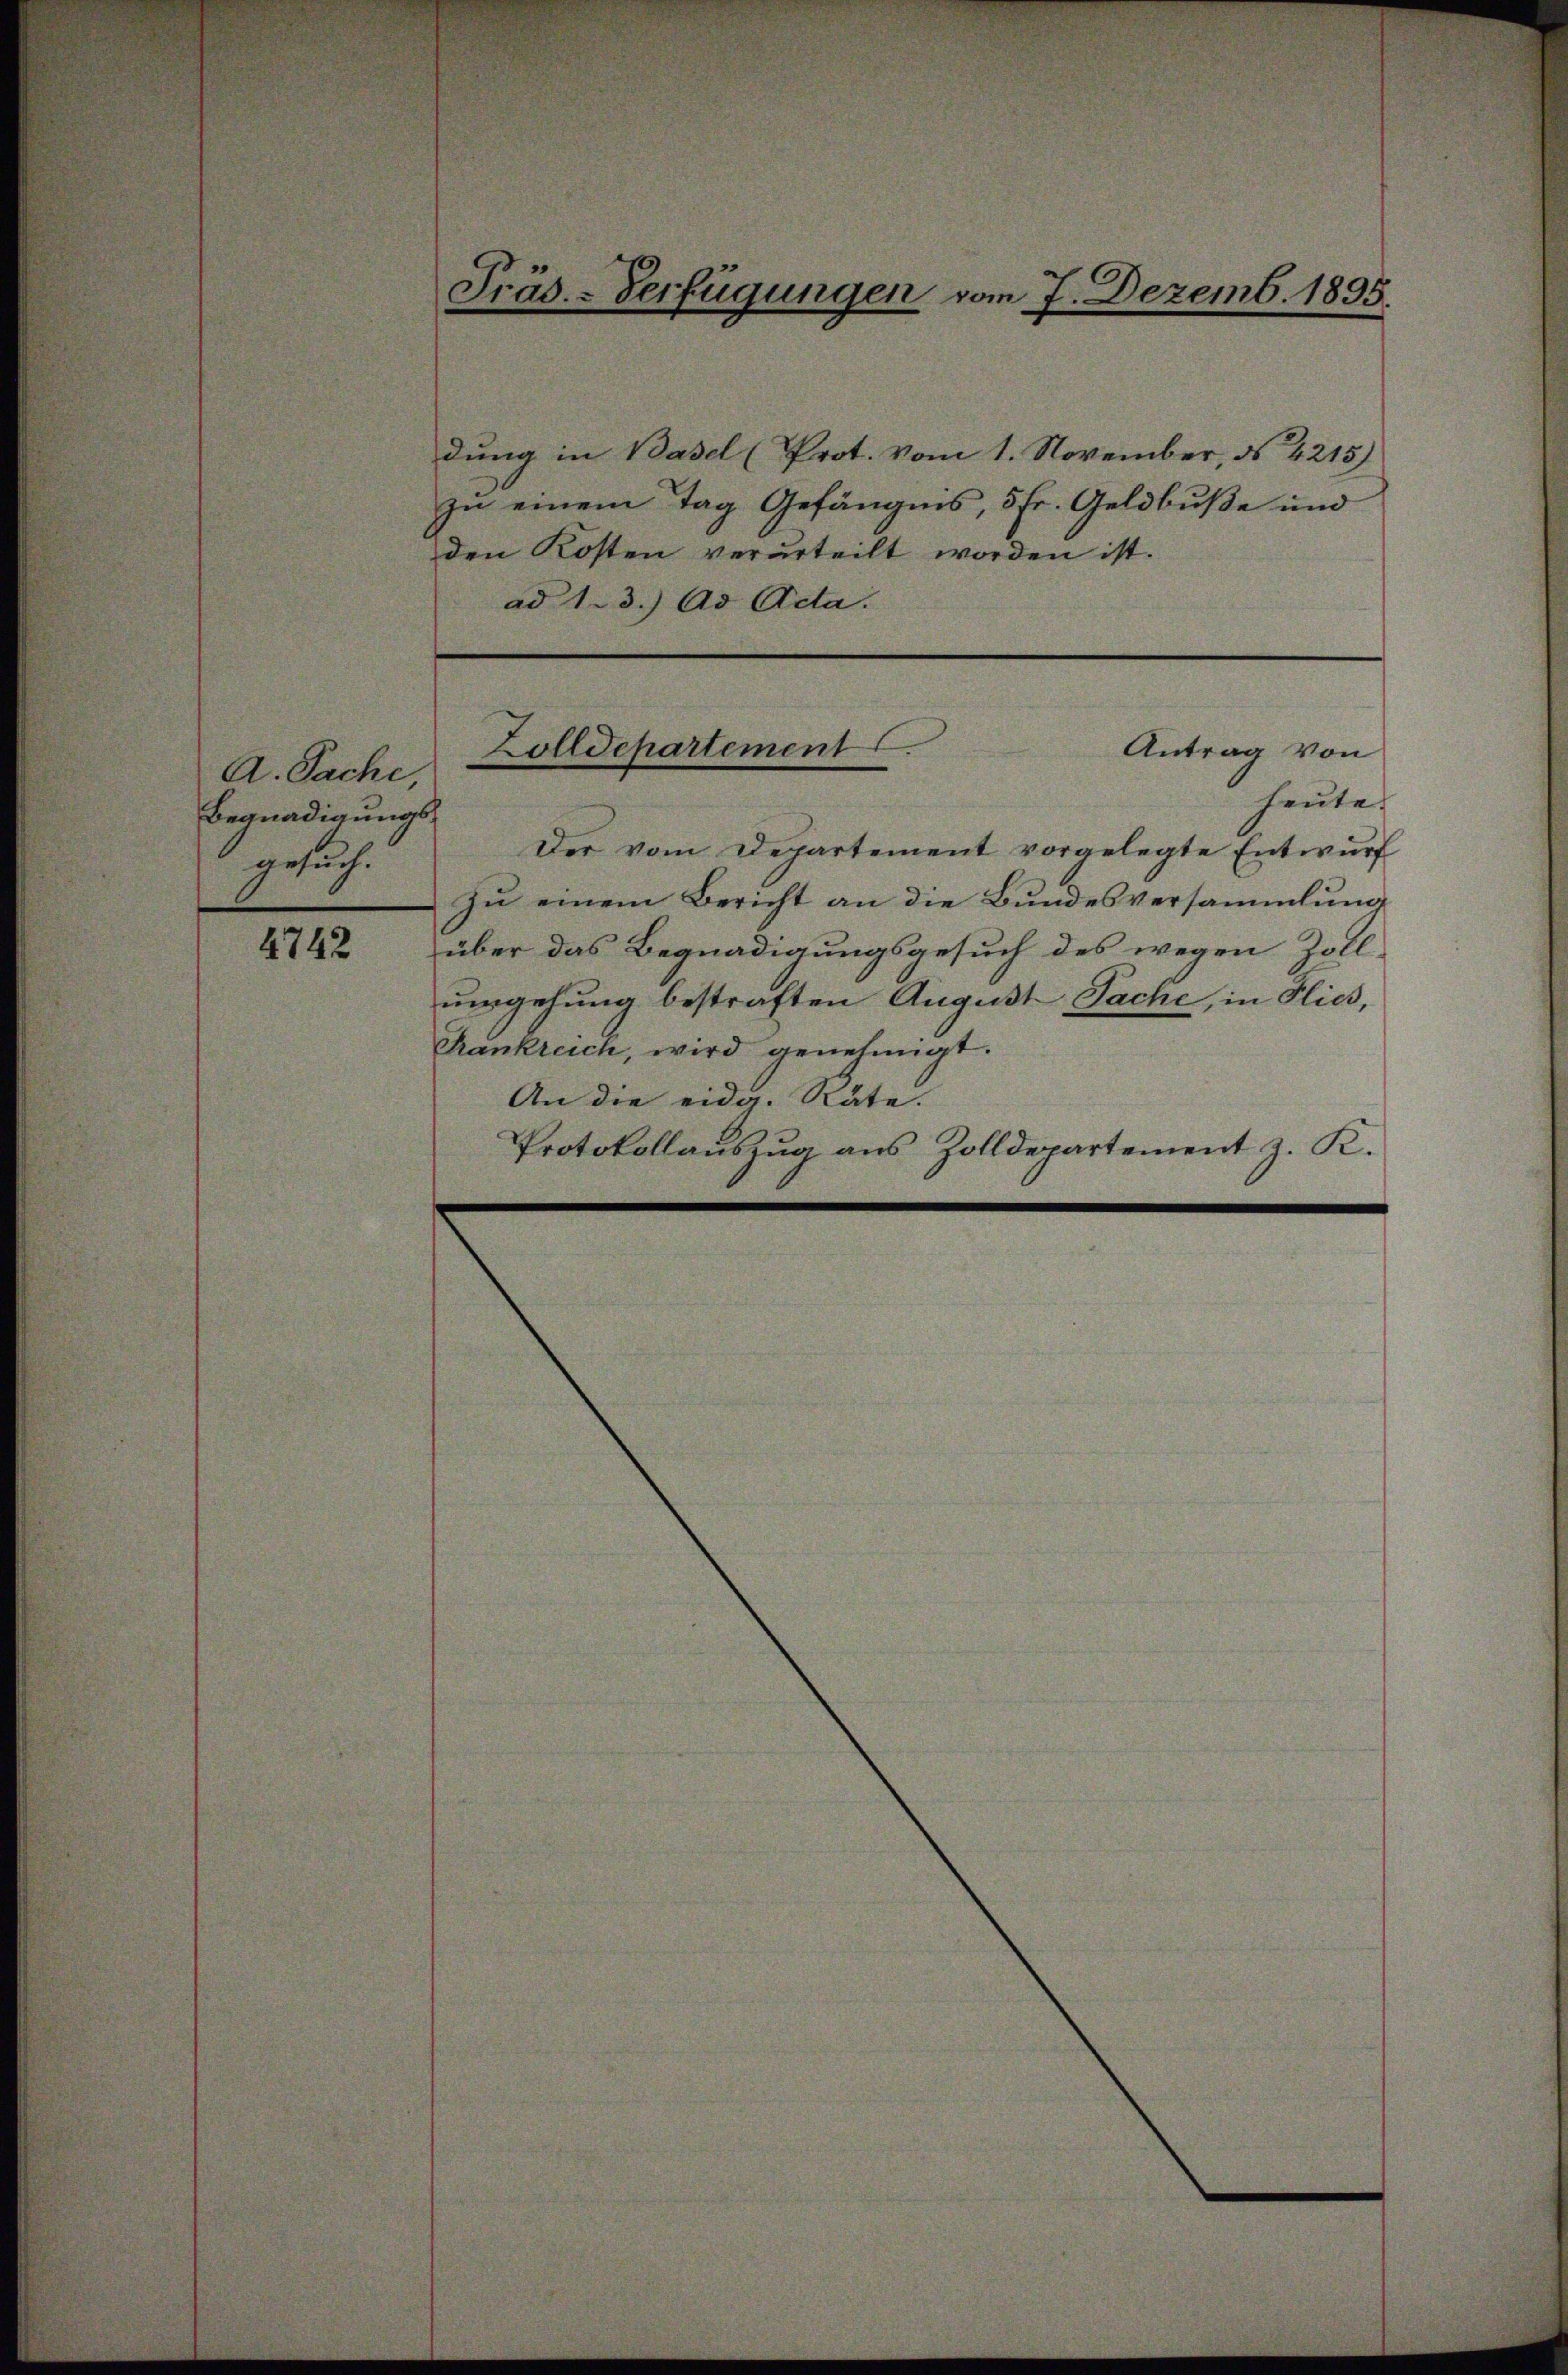
A. Sache,
Begnadigungsgesuch.

4742

dung in Basel (Prot. Vom 1. November, § 4215)
zu einem Tag Gefängnis, 5 Fr. Geldbuße und
den Kosten verurteilt worden ist.
ad 1. 3.) Ad Acta.

Präs.-Verfügungen vom 7. Dezemb. 1895.

heute.
Der vom Departement vorgelegte Entwŭrf
zu einem Bericht an die Bundesversammlung
über das Begnadigungsgesuch des wegen Zollumgehung bestraften August Sache, in Flies,
Trankreich, wird genehmigt.
An die eidg. Räte.
Protokollaŭszŭg aŭs Zolldepartement z. K.

Zolldepartement
Antrag von